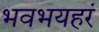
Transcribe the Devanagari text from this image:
भवभयहरं